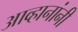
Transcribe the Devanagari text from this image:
आव्हानांनी